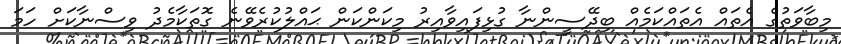
މިބާވަތުގެ އެތައް އެތައްކަމެއް ބިދޭސީންނާ ގުޅިފައިވާއިރު މިކަންކަން ޙައްލުކުރެވޭނެ ގޮތަކާމެދު ވިސްނާކަށް ހަމަ